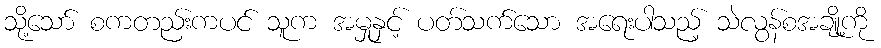
သို့သော် စကတည်းကပင် သူက အမှုနှင့် ပတ်သက်သော အရေးပါသည့် သဲလွန်စအချို့ကို